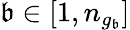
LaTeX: \mathfrak{b}\in[1,n_{g_{\mathfrak{b}}}]